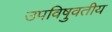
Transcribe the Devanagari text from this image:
उपविषुवतीय